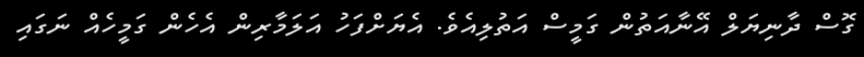
ގޮސް ދާނިޔަލް އޭނާއަތުން ގަމީސް އަތުލިއެވެ. އެޔަށްފަހު އަލަމާރިން އެހެން ގަމީހެއް ނަގައި